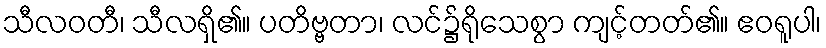
သီလဝတီ၊ သီလရှိ၏။ ပတိဗ္ဗတာ၊ လင်၌ရိုသေစွာ ကျင့်တတ်၏။ ဧဝရူပါ၊